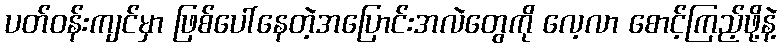
ပတ်ဝန်းကျင်မှာ ဖြစ်ပေါ်နေတဲ့အပြောင်းအလဲတွေကို လေ့လာ စောင့်ကြည့်ဖို့နဲ့